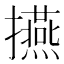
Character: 𭣅